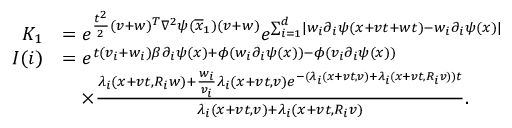
\begin{array} { r l } { K _ { 1 } } & { = e ^ { \frac { t ^ { 2 } } { 2 } ( v + w ) ^ { T } \nabla ^ { 2 } \psi ( \overline { { x } } _ { 1 } ) ( v + w ) } e ^ { \sum _ { i = 1 } ^ { d } \lvert w _ { i } \partial _ { i } \psi ( x + v t + w t ) - w _ { i } \partial _ { i } \psi ( x ) \rvert } } \\ { I ( i ) } & { = e ^ { t ( v _ { i } + w _ { i } ) \beta \partial _ { i } \psi ( x ) + \phi ( w _ { i } \partial _ { i } \psi ( x ) ) - \phi ( v _ { i } \partial _ { i } \psi ( x ) ) } } \\ & { \quad \times \frac { \lambda _ { i } ( x + v t , R _ { i } w ) + \frac { w _ { i } } { v _ { i } } \lambda _ { i } ( x + v t , v ) e ^ { - ( \lambda _ { i } ( x + v t , v ) + \lambda _ { i } ( x + v t , R _ { i } v ) ) t } } { \lambda _ { i } ( x + v t , v ) + \lambda _ { i } ( x + v t , R _ { i } v ) } . } \end{array}